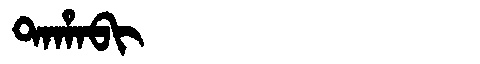
Manchu: ᡨᠠᡥᠠᠪᡳ
Romanization: TAHABI